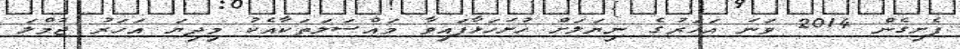
ފެށިގެން 2014 ވަނަ އަހަރުގެ ނިޔަލަށް ހުށަހަޅާފައިވާ މައްސަލަތަކާއެކު މިދިޔަ އަހަރު ޖުމްލަ